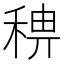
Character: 𥟗